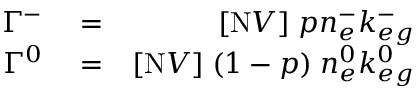
\begin{array} { r l r } { \Gamma ^ { - } } & { { } = } & { [ \mathrm { N } V ] \; p n _ { e } ^ { - } k _ { e g } ^ { - } } \\ { \Gamma ^ { 0 } } & { { } = } & { [ \mathrm { N } V ] \; ( 1 - p ) \; n _ { e } ^ { 0 } k _ { e g } ^ { 0 } } \end{array}